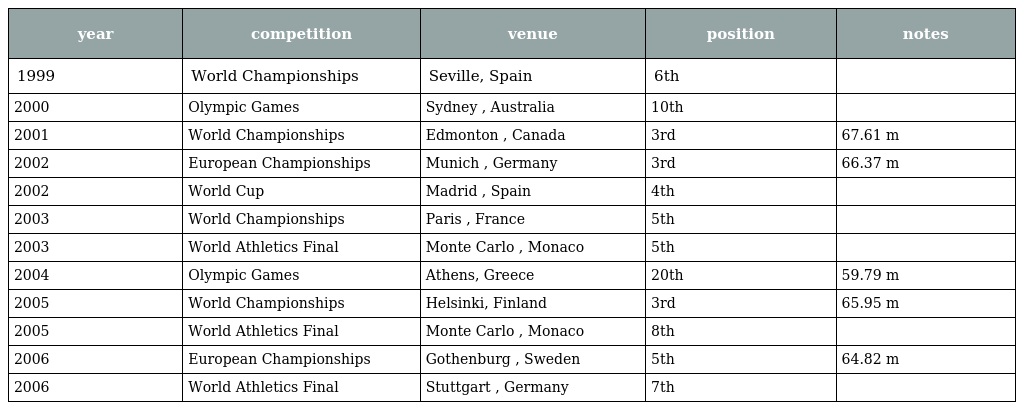
| year | competition | venue | position | notes |
 | --- | --- | --- | --- | --- |
 | 1999 | World Championships | Seville, Spain | 6th |  |
 | 2000 | Olympic Games | Sydney , Australia | 10th |  |
 | 2001 | World Championships | Edmonton , Canada | 3rd | 67.61 m |
 | 2002 | European Championships | Munich , Germany | 3rd | 66.37 m |
 | 2002 | World Cup | Madrid , Spain | 4th |  |
 | 2003 | World Championships | Paris , France | 5th |  |
 | 2003 | World Athletics Final | Monte Carlo , Monaco | 5th |  |
 | 2004 | Olympic Games | Athens, Greece | 20th | 59.79 m |
 | 2005 | World Championships | Helsinki, Finland | 3rd | 65.95 m |
 | 2005 | World Athletics Final | Monte Carlo , Monaco | 8th |  |
 | 2006 | European Championships | Gothenburg , Sweden | 5th | 64.82 m |
 | 2006 | World Athletics Final | Stuttgart , Germany | 7th |  |